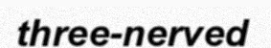
three-nerved